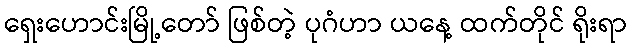
ရှေးဟောင်းမြို့တော် ဖြစ်တဲ့ ပုဂံဟာ ယနေ့ ထက်တိုင် ရိုးရာ